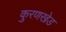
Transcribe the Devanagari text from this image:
कुरणखेड